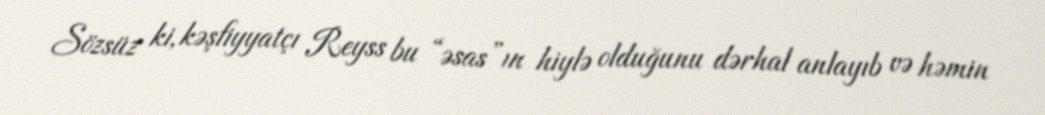
Sözsüz ki, kəşfiyyatçı Reyss bu “əsas”ın hiylə olduğunu dərhal anlayıb və həmin